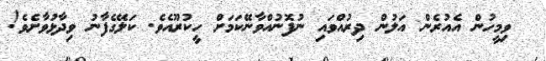
ވިމީހުން އެއުރެން އަލުން ދިރުއްވައި ނުފޮނުއްވާނޭކަމަށް ހީކުރޫއެވެ. ކަލޭގެފާނު ވިދާޅުވާށެވެ!